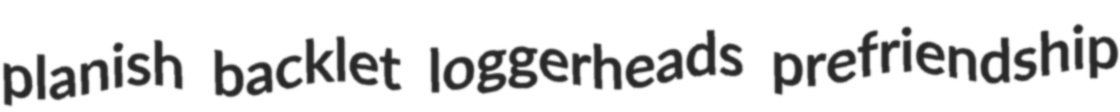
planish backlet loggerheads prefriendship